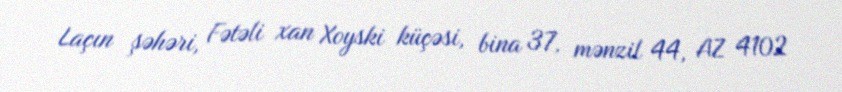
Laçın şəhəri, Fətəli xan Xoyski küçəsi, bina 37, mənzil 44, AZ 4102